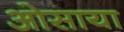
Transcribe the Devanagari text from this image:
ओसाया